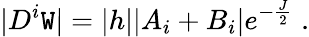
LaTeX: |D^{i}\mathtt{W}|=|h||A_{i}+B_{i}|e^{-\frac{{J}}{{2}}}\; .